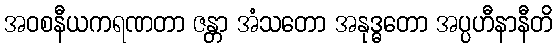
အဝစနီယကရဏတာ ဇန္တာ အံသတော အနုဒ္ဓတော အပ္ပဟီနာနီတိ